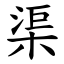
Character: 渠